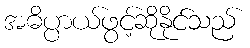
အဓိပ္ပာယ်ဖွင့်ဆိုနိုင်သည်